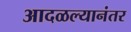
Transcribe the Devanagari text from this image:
आदळल्यानंतर